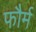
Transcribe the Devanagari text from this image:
फौर्म